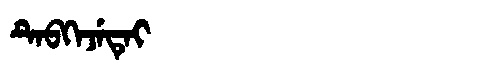
Manchu: ᡨᡝᠪᡴᡝᠵᡝᡨᡝᡳ
Romanization: TEBKEJETEI